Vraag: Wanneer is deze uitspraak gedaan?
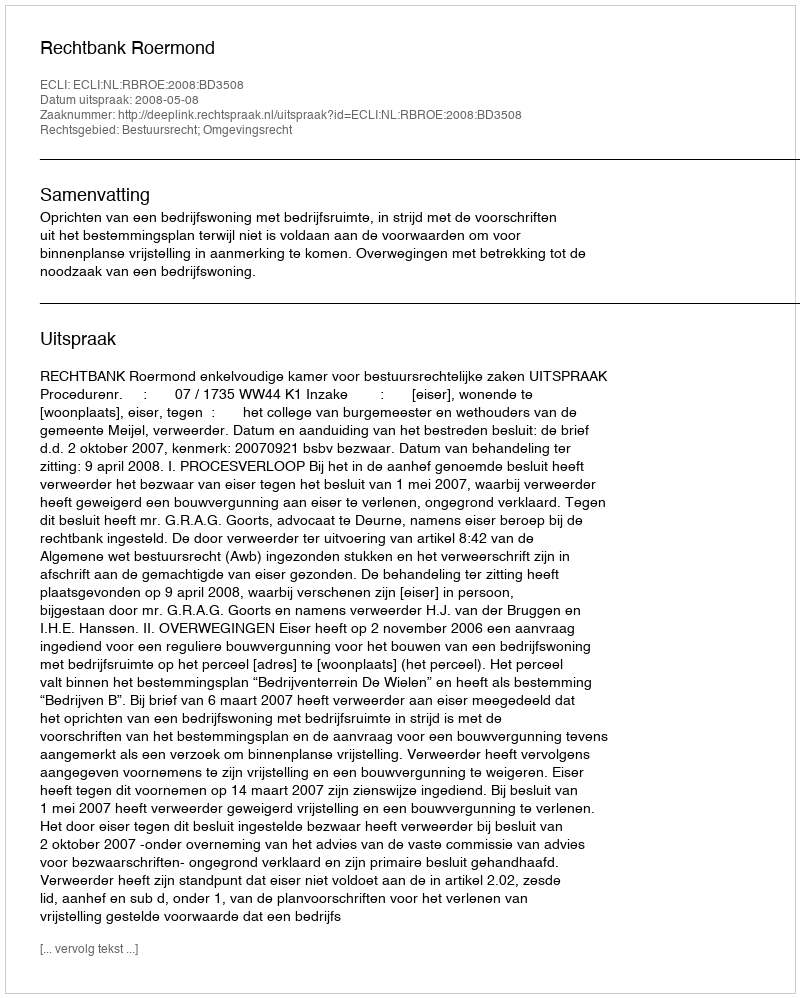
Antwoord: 2008-05-08